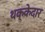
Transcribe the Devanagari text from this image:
थक्केदार